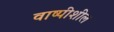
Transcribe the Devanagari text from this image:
वाष्पीशील